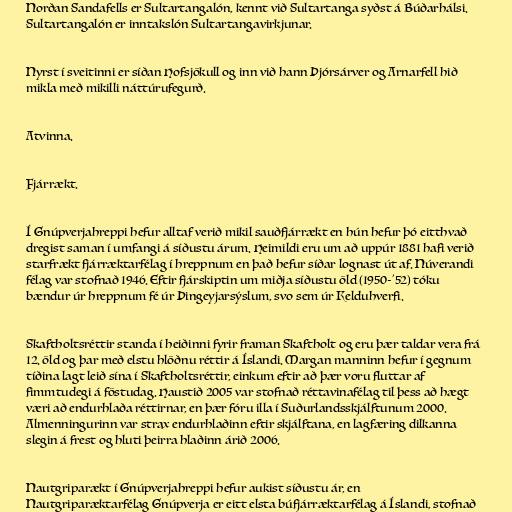
Norðan Sandafells er Sultartangalón, kennt við Sultartanga syðst á Búðarhálsi.
Sultartangalón er inntakslón Sultartangavirkjunar.

Nyrst í sveitinni er síðan Hofsjökull og inn við hann Þjórsárver og Arnarfell hið
mikla með mikilli náttúrufegurð.

Atvinna.

Fjárrækt.

Í Gnúpverjahreppi hefur alltaf verið mikil sauðfjárrækt en hún hefur þó eitthvað
dregist saman í umfangi á síðustu árum. Heimildi eru um að uppúr 1881 hafi verið
starfrækt fjárræktarfélag í hreppnum en það hefur síðar lognast út af. Núverandi
félag var stofnað 1946. Eftir fjárskiptin um miðja síðustu öld (1950-'52) tóku
bændur úr hreppnum fé úr Þingeyjarsýslum, svo sem úr Kelduhverfi.

Skaftholtsréttir standa í heiðinni fyrir framan Skaftholt og eru þær taldar vera frá
12. öld og þar með elstu hlöðnu réttir á Íslandi. Margan manninn hefur í gegnum
tíðina lagt leið sína í Skaftholtsréttir, einkum eftir að þær voru fluttar af
fimmtudegi á föstudag. Haustið 2005 var stofnað réttavinafélag til þess að hægt
væri að endurhlaða réttirnar, en þær fóru illa í Suðurlandsskjálftunum 2000.
Almenningurinn var strax endurhlaðinn eftir skjálftana, en lagfæring dilkanna
slegin á frest og hluti þeirra hlaðinn árið 2006.

Nautgriparækt í Gnúpverjahreppi hefur aukist síðustu ár, en
Nautgriparæktarfélag Gnúpverja er eitt elsta búfjárræktarfélag á Íslandi, stofnað